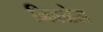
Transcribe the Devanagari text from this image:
निवळेल